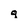
Character: q